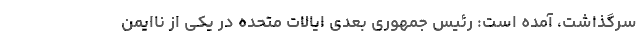
سرگذاشت، آمده است: رئیس جمهوری بعدی ایالات متحده در یکی از ناایمن